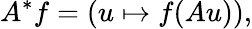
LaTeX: A^{*}f=(u\mapsto f(Au)),